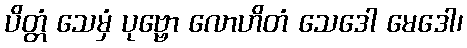
ပိတ္တံ သေမှံ ပုဗ္ဗော လောဟိတံ သေဒေါ မေဒေါ၊